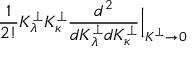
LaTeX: \frac { 1 } { 2 ! } K _ { \lambda } ^ { \perp } K _ { \kappa } ^ { \perp } \frac { d ^ { 2 } } { d K _ { \lambda } ^ { \perp } d K _ { \kappa } ^ { \perp } } \Big | _ { K ^ { \perp } \to 0 }